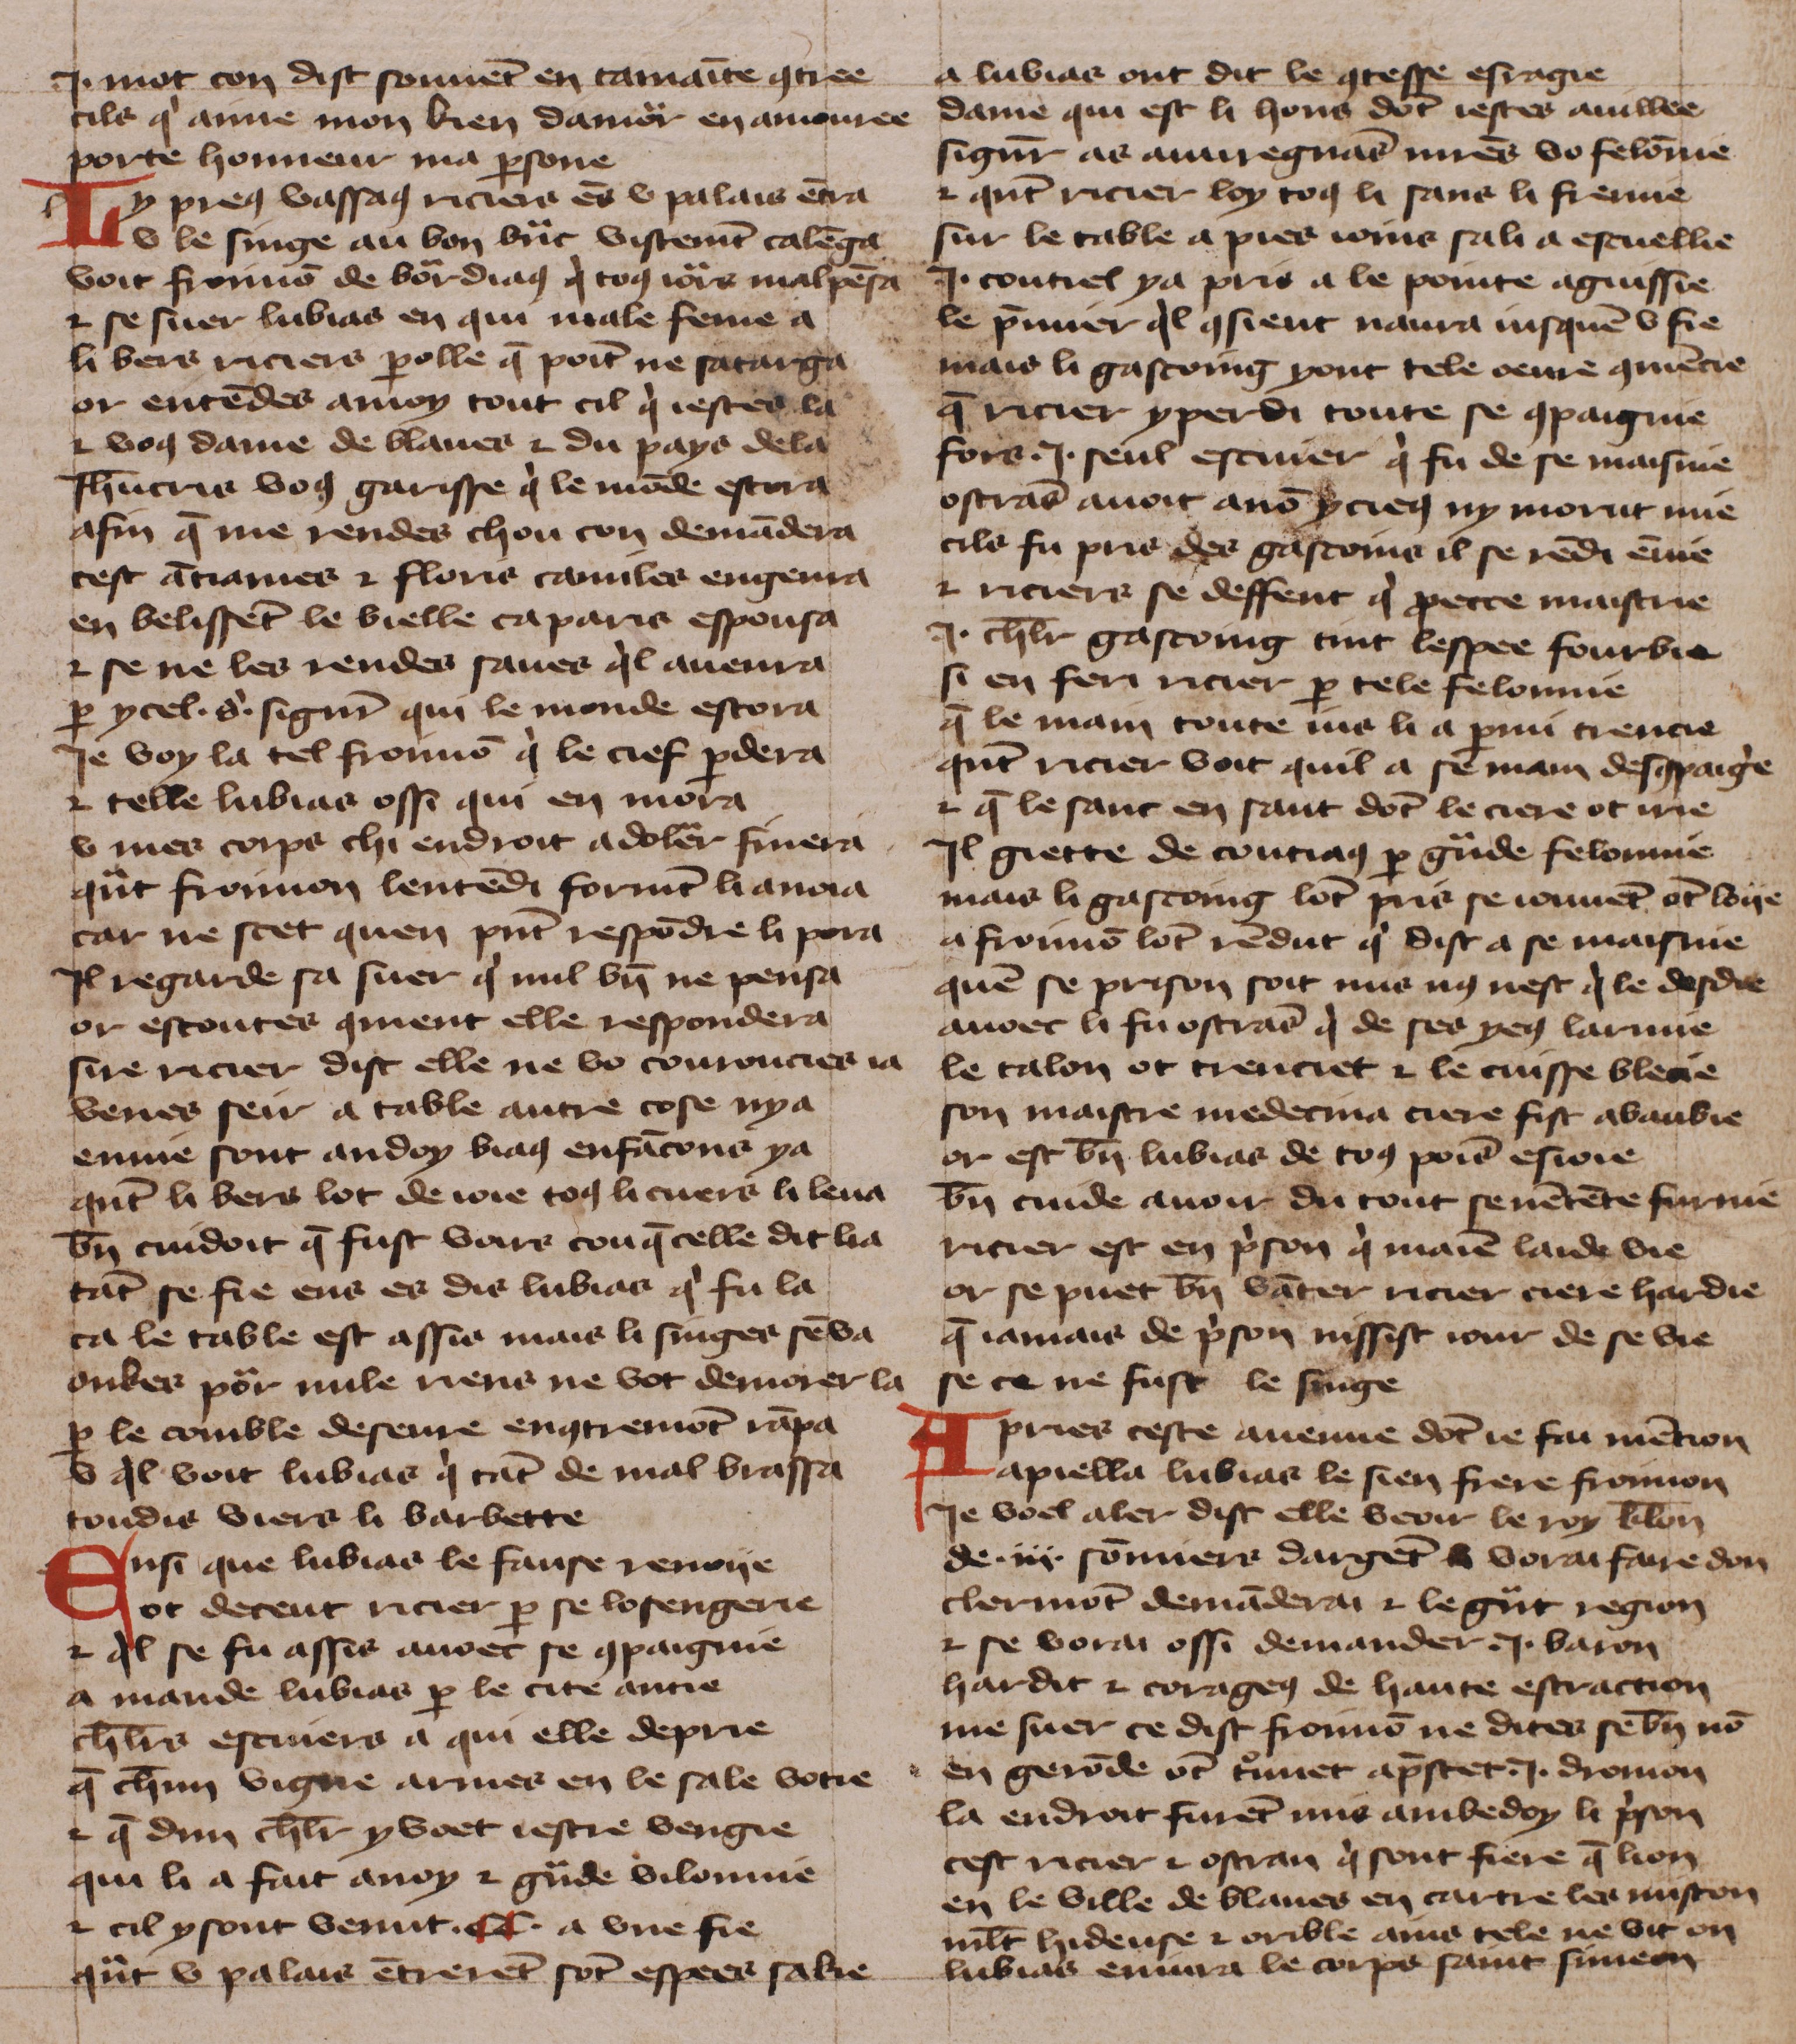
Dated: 1425–1425